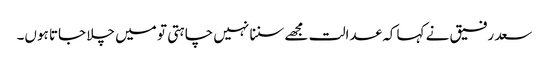
سعد رفیق نے کہا کہ عدالت مجھے سننا نہیں چاہتی تو میں چلا جاتا ہوں۔